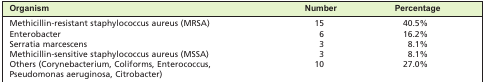
| Organism | Number | Percentage |
 | --- | --- | --- |
 | Methicillin-resistant staphylococcus aureus (MRSA) | 15 | 40.5% |
 | Enterobacter | 6 | 16.2% |
 | Serratia marcescens | 3 | 8.1% |
 | Methicillin-sensitive staphylococcus aureus (MSSA) | 3 | 8.1% |
 | Others (Corynebacterium, Coliforms, Enterococcus, Pseudomonas aeruginosa, Citrobacter) | 10 | 27.0% |